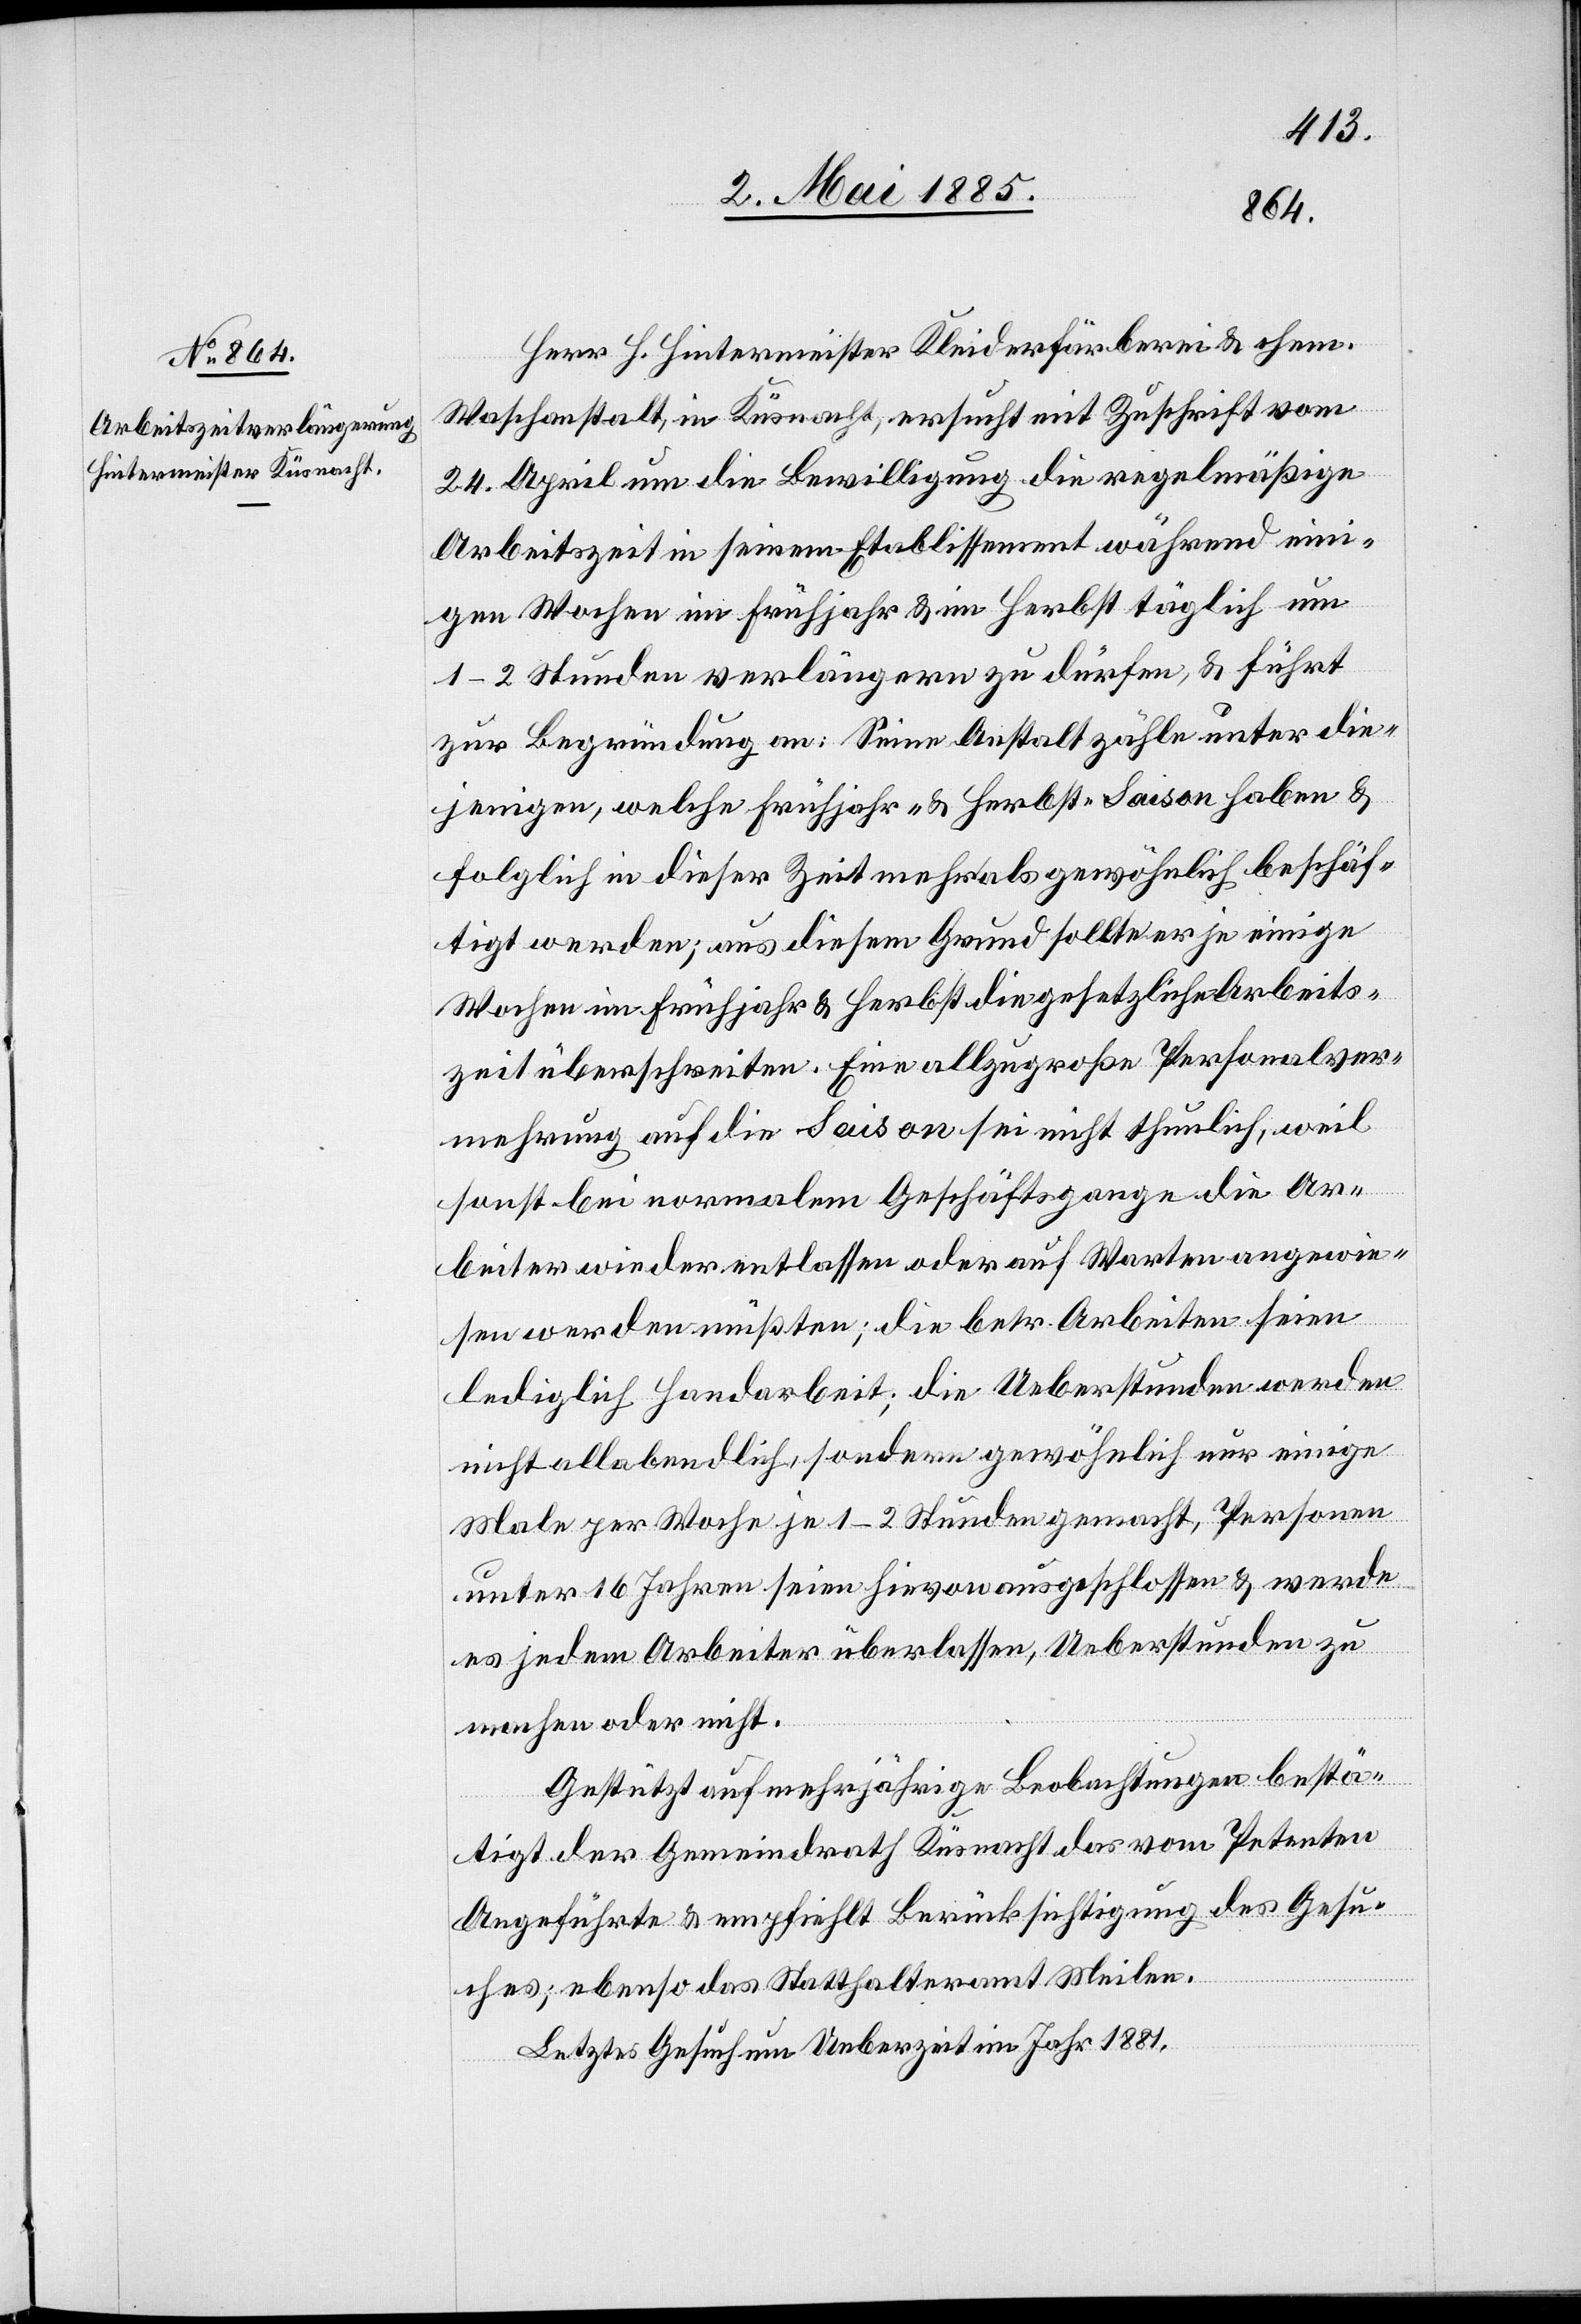
05. Mai 1885.]
Herr H. Hintermeister Kleiderfärberei & mech.
Waschanstalt, in Küsnacht, ersucht mit Zuschrift vom
24. April um die Bewilligung die regelmäßige
Arbeitszeit in seinem Etablissement während eini¬
gen Wochen im Frühjahr & im Herbst täglich um
1–2 Stunden verlängern zu dürfen, & führt
zur Begründung an: Seine Anstalt zähle unter die¬
jenigen, welche Frühjahr- & Herbst-Saison haben &
folglich in dieser Zeit mehr als gewöhnlich beschäf¬
tigt werden; aus diesem Grund sollte er je einige
Wochen im Frühjahr & Herbst die gesetzliche Arbeits¬
zeit überschreiten. Eine allzugroße Personalver¬
mehrung auf die Saison sei nicht thunlich, weil
sonst bei normalem Geschäftsgange die Ar¬
beiter wieder entlassen oder auf Warten angewie¬
sen werden müßten; die betr. Arbeiten seien
lediglich Handarbeit; die Ueberstunden werden
nicht allabendlich, sondern gewöhnlich nur einige
Male per Woche je 1–2 Stunden gemacht, Personen
unter 16 Jahren seien hievon ausgeschlossen & werde
es jedem Arbeiter überlassen, Ueberstunden zu
machen oder nicht.
Gestützt auf mehrjährige Beobachtungen bestä¬
tigt der Gemeindrath Küsnacht das vom Petenten
Angeführte & empfiehlt Berücksichtigung des Gesu¬
ches; ebenso das Statthalteramt Meilen.
Letztes Gesuch um Ueberzeit im Jahr 1884.